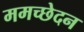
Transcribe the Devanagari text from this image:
ममच्छेदन